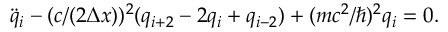
\ddot { q } _ { i } - ( c / ( 2 \Delta x ) ) ^ { 2 } ( q _ { i + 2 } - 2 q _ { i } + q _ { i - 2 } ) + ( m c ^ { 2 } / \hbar ) ^ { 2 } q _ { i } = 0 .